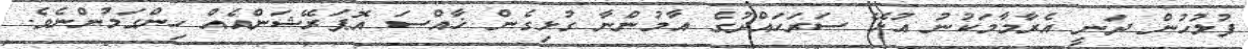
ފުލުހުން ދަނީ އެރާމާމަކުނު އުޅޭ ސަރަހައްދުގެ އާމުންނާ ގުޅިގެން ޚާއްސަ އޮޕަރޭޝަންއެއް ހިންގަމުންނެވެ.